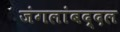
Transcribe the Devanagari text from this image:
जंगलांबद्दल